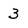
Character: 3